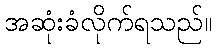
အဆုံးခံလိုက်ရသည်။